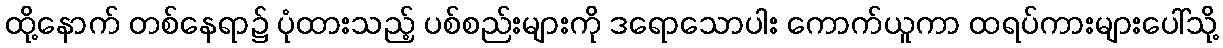
ထို့နောက် တစ်နေရာ၌ ပုံထားသည့် ပစ်စည်းများကို ဒရောသောပါး ကောက်ယူကာ ထရပ်ကားများပေါ်သို့